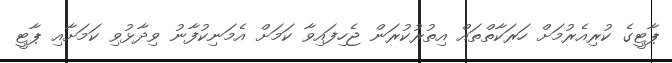
ޕާޓީގެ ކުރިއެރުމަށް ހަރަކާތްތައް އިތުރުކުރަން ޖެހިފައިވާ ކަމަށް އެމަނިކުފާނު ވިދާޅުވި ކަމަށާއި ޕާޓީ